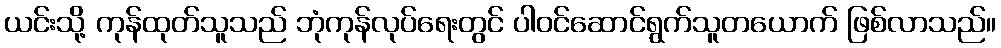
ယင်းသို့ ကုန်ထုတ်သူသည် ဘုံကုန်လုပ်ရေးတွင် ပါဝင်ဆောင်ရွက်သူတယောက် ဖြစ်လာသည်။